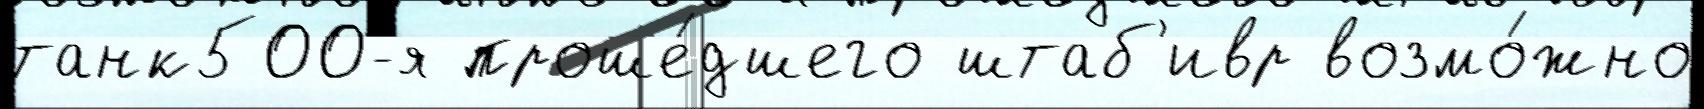
танк500-я проше́дшего штаб'ивр возмо́жно